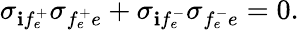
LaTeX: \sigma_{\mathbf{i}f_{e}^{+}}\sigma_{f_{e}^{+}e}+\sigma_{\mathbf{i}f_{e}^{-}}\sigma_{f_{e}^{-}e}=0.